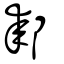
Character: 𨞢